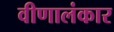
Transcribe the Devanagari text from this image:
वीणालंकार